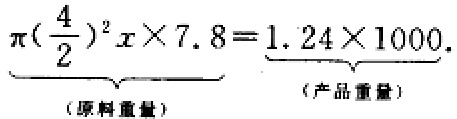
\(\underbrace{\pi(\frac{4}{2})^2x\times7.8}_{(原料重量)}=\underbrace{1.24\times1000}_{(产品重量)}\)